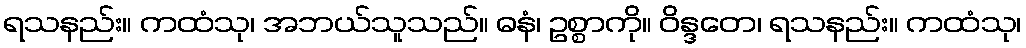
ရသနည်း။ ကထံသု၊ အဘယ်သူသည်။ ဓနံ၊ ဥစ္စာကို။ ဝိန္ဒတေ၊ ရသနည်း။ ကထံသု၊